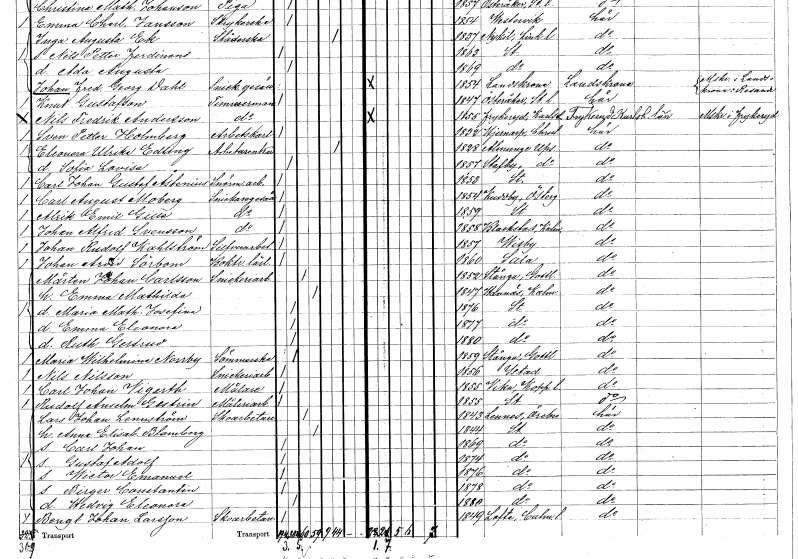
gt_parse: households: individuals: FN: Carl August
EN: Moberg
YRKE: Snickaregesäll
KON: M
CIV: O
FODAR: 1854
FODFORS: Kuddby Östergötlands län
FN: Alrik Emil
EN: Gille
YRKE: Snickaregesäll
KON: M
CIV: O
FODAR: 1859
FODFORS: Stockholm
FN: Johan Alfred
EN: Svensson
YRKE: Snickaregesäll
KON: M
CIV: O
FODAR: 1858
FODFORS: Blackstad Kalmar län
FN: Johan Rudolf
EN: Kahlström
YRKE: Silverarbetare
KON: M
CIV: O
FODAR: 1857
FODFORS: Visby Gotlands län
FN: Johan Arvid
EN: Sörbom
YRKE: Boktryckerilärling
KON: M
CIV: O
FODAR: 1860
FODFORS: Sala Västmanlands län
FN: Mårten Johan
EN: Carlsson
YRKE: Snickeriarbetare
KON: M
CIV: G
FODAR: 1852
FODFORS: Stånga Gotlands län
FN: Emma Mathilda
KON: K
CIV: G
FODAR: 1847
FODFORS: Hannäs Östergötlands län
FN: Maria Mathilda Josefina
KON: K
CIV: O
FODAR: 1876
FODFORS: Stockholm
FN: Emma Eleonora
KON: K
CIV: O
FODAR: 1877
FODFORS: Stockholm
FN: Ruth Gertrud
KON: K
CIV: O
FODAR: 1880
FODFORS: Stockholm
FN: Maria Wilhelmina
EN: Norrby
YRKE: Sömmerska
KON: K
CIV: O
FODAR: 1859
FODFORS: Stånga Gotlands län
FN: Nils
EN: Nilsson
YRKE: Snickeriarbetare
KON: M
CIV: O
FODAR: 1856
FODFORS: Ystad Malmöhus län
FN: Carl Johan
EN: Vigerth
YRKE: Målare
KON: M
CIV: O
FODAR: 1855
FODFORS: Vika Kopparbergs län
FN: Rudolf Anselm
EN: Gestrin
YRKE: Måleriarbetare
KON: M
CIV: O
FODAR: 1855
FODFORS: Stockholm
FN: Lars Johan
EN: Lennström
YRKE: Skoarbetare
KON: M
CIV: G
FODAR: 1843
FODFORS: Lännäs Örebro län
FN: Anna Elisabet
EN: Blomberg
KON: K
CIV: G
FODAR: 1844
FODFORS: Stockholm
FN: Carl Johan
KON: M
CIV: O
FODAR: 1869
FODFORS: Stockholm
FN: Gustaf Adolf
KON: M
CIV: O
FODAR: 1874
FODFORS: Stockholm
FN: Wictor Emanuel
KON: M
CIV: O
FODAR: 1876
FODFORS: Stockholm
FN: Birger Constantin
KON: M
CIV: O
FODAR: 1878
FODFORS: Stockholm
FN: Hedvig Eleonora
KON: K
CIV: O
FODAR: 1880
FODFORS: Stockholm
FN: Bengt Johan
EN: Larsson
YRKE: Skoarbetare
KON: M
CIV: O
FODAR: 1849
FODFORS: Lofta Kalmar län